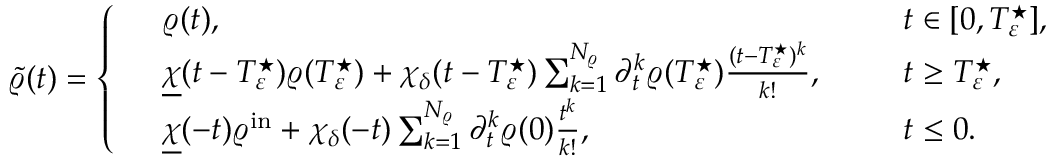
\begin{array} { r } { \widetilde { \varrho } ( t ) = \left\{ \begin{array} { r l r l } & { \varrho ( t ) , \ \ } & & { t \in [ 0 , T _ { \varepsilon } ^ { \star } ] , } \\ & { \underline { { \chi } } ( t - T _ { \varepsilon } ^ { \star } ) \varrho ( T _ { \varepsilon } ^ { \star } ) + \chi _ { \delta } ( t - T _ { \varepsilon } ^ { \star } ) \sum _ { k = 1 } ^ { N _ { \varrho } } \partial _ { t } ^ { k } \varrho ( T _ { \varepsilon } ^ { \star } ) \frac { ( t - T _ { \varepsilon } ^ { \star } ) ^ { k } } { k ! } , \ \ } & & { t \geq T _ { \varepsilon } ^ { \star } , } \\ & { \underline { { \chi } } ( - t ) \varrho ^ { \mathrm { i n } } + \chi _ { \delta } ( - t ) \sum _ { k = 1 } ^ { N _ { \varrho } } \partial _ { t } ^ { k } \varrho ( 0 ) \frac { t ^ { k } } { k ! } , \ \ } & & { t \leq 0 . } \end{array} \right. } \end{array}